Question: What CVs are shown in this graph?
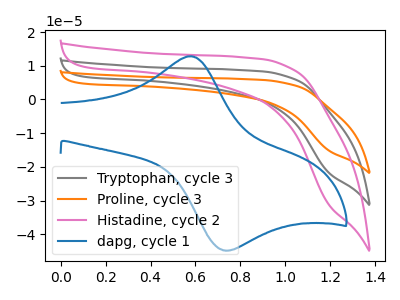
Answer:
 <answer>The gray curve is labeled "Tryptophan, cycle 3". The orange curve is labeled "Proline, cycle 3". The pink curve is labeled "Histadine, cycle 2". The blue curve is labeled "dapg, cycle 1".</answer>
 <eval></eval>